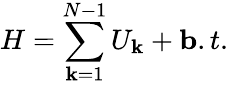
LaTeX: H=\sum_{\mathbf{k}=1}^{N-1}U_{\mathbf{k}}+{\mathbf{b}.t}.